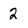
Character: 2